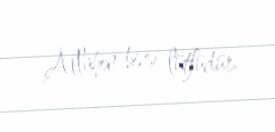
Allahın bizə lütfüdür.